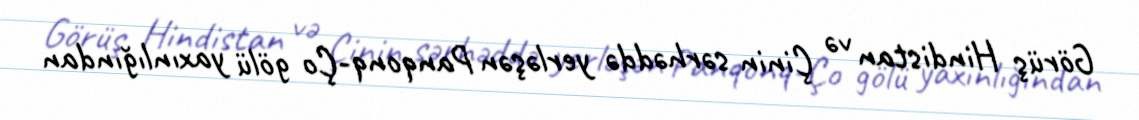
Görüş Hindistan və Çinin sərhəddə yerləşən Panqonq-Ço gölü yaxınlığından